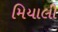
મિયાલી